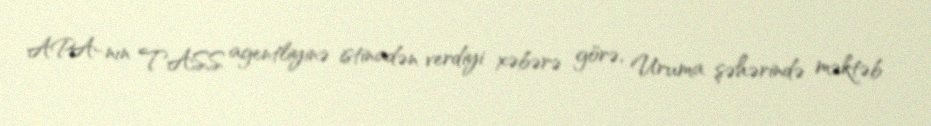
APA-nın TASS agentliyinə istinadən verdiyi xəbərə görə, Uruma şəhərində məktəb